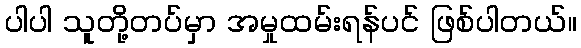
ပါပါ သူတို့တပ်မှာ အမှုထမ်းရန်ပင် ဖြစ်ပါတယ်။